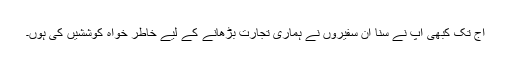
آج تک کبھی آپ نے سنا ان سفیروں نے ہماری تجارت بڑھانے کے لیے خاطر خواہ کوششیں کی ہوں۔